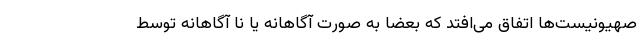
صهیونیست‌ها اتفاق می‌افتد که بعضا به صورت آگاهانه یا نا آگاهانه توسط